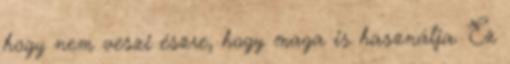
hogy nem veszi észre, hogy maga is használja. Ez